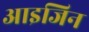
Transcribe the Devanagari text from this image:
आइजिन